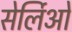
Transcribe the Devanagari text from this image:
सेर्लिओ